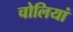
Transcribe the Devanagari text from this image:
चोलियां